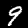
Digit: 9